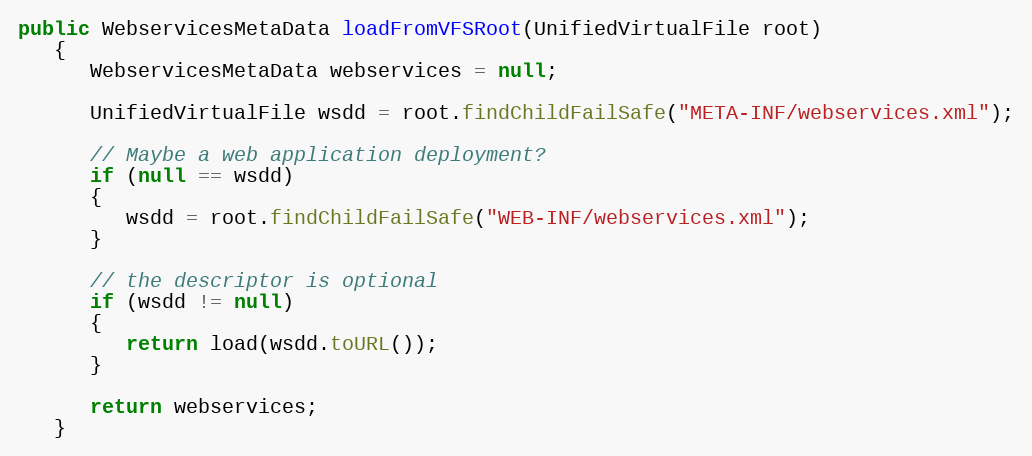
Language: Java
public WebservicesMetaData loadFromVFSRoot(UnifiedVirtualFile root)
   {
      WebservicesMetaData webservices = null;

      UnifiedVirtualFile wsdd = root.findChildFailSafe("META-INF/webservices.xml");

      // Maybe a web application deployment?
      if (null == wsdd)
      {
         wsdd = root.findChildFailSafe("WEB-INF/webservices.xml");
      }

      // the descriptor is optional
      if (wsdd != null)
      {
         return load(wsdd.toURL());
      }

      return webservices;
   }